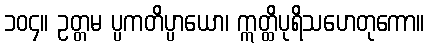
၁၀၄။ ဥတ္တမ ပ္ပကတိပ္ပာယော၊ ဣတ္ထိပုရိသဟေတုကော။